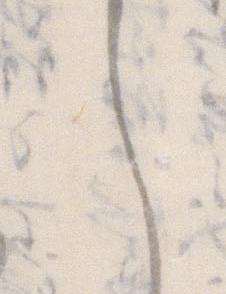
し